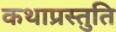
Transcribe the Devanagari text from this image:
कथाप्रस्तुति